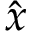
\hat { x }